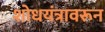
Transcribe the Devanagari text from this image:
शोधयंत्रावरून